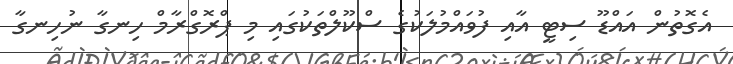
އެގޮތުން އައްޑޫ ސިޓީ އާއި ފުވައްމުލަކުގެ ސްކޫލްތަކުގައި މި ޕްރޮގްރާމް ހިނގާ ނުހިނގާ